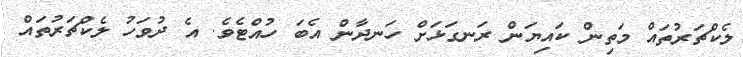
ލެކްޗަރުތައް މަތިން ކައިޔަން ރަނގަޅަށް ހަނދާން އެބަ ހުއްޓެވެ. އެ ދުވަހު ލެކްޗަރުތައް